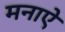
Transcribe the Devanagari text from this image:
मनाऐ